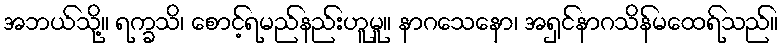
အဘယ်သို့။ ရက္ခသိ၊ စောင့်ရမည်နည်းဟူမူ။ နာဂသေနော၊ အရှင်နာဂသိန်မထေရ်သည်။